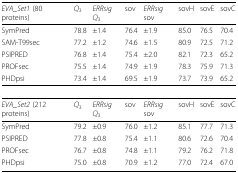
| EVA_Set1 (80 proteins) | Q3 | ERRsig Q3 | sov | ERRsig sov | sovH | sovE | sovC |
 | --- | --- | --- | --- | --- | --- | --- | --- |
 | SymPred | 78.8 | ±1.4 | 76.4 | ±1.9 | 85.0 | 76.5 | 70.4 |
 | SAM-T99sec | 77.2 | ±1.2 | 74.6 | ±1.5 | 80.9 | 72.5 | 71.2 |
 | PSIPRED | 76.8 | ±1.4 | 75.4 | ±2.0 | 82.1 | 72.3 | 65.2 |
 | PROFsec | 75.5 | ±1.4 | 74.9 | ±1.9 | 78.3 | 75.9 | 71.3 |
 | PHDpsi | 73.4 | ±1.4 | 69.5 | ±1.9 | 73.7 | 73.9 | 65.2 |
 | EVA_Set2 (212 proteins) | Q3 | ERRsig Q3 | sov | ERRsig sov | sovH | sovE | sovC |
 | SymPred | 79.2 | ±0.9 | 76.0 | ±1.2 | 85.1 | 77.7 | 71.3 |
 | PSIPRED | 77.8 | ±0.8 | 75.4 | ±1.1 | 80.6 | 72.6 | 70.4 |
 | PROFsec | 76.7 | ±0.8 | 74.8 | ±1.1 | 79.2 | 76.2 | 71.8 |
 | PHDpsi | 75.0 | ±0.8 | 70.9 | ±1.2 | 77.0 | 72.4 | 67.0 |